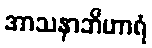
အာသနာဘိဟာရံ